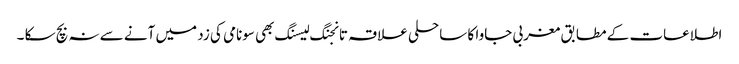
اطلاعات کے مطابق مغربی جاوا کا ساحلی علاقہ تانجنگ لیسنگ بھی سونامی کی زد میں آنے سے نہ بچ سکا ۔